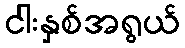
ငါးနှစ်အရွယ်